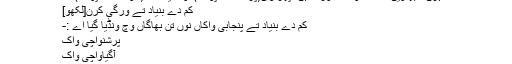
اداہرن:- بھاویں اسدے دوست مورکھ ہن، پھر وی(پرماتحت اپواک) اوہ سیانا اے(سوماتحت اپواک) ।
کم دے بنیاد تے ورگی کرن[لکھو]
کم دے بنیاد تے پنجابی واکاں نوں تن بھاگاں وچ ونڈیا گیا اے :-
پرشنواچی واک
آگیاواچی واک
بیانیا واک ۔